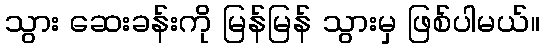
သွား ဆေးခန်းကို မြန်မြန် သွားမှ ဖြစ်ပါမယ်။